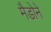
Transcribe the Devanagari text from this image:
मैडोने